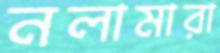
নলামারা